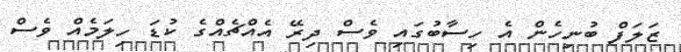
ޒަލަފް ބުނިހެން އެ ހިސާބުގައި ވެސް ދިރޭ އެއްޗެއްގެ ކުޑަ ހިލަމެއް ވެސް